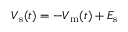
V _ { \mathrm { s } } ( t ) = - V _ { \mathrm { m } } ( t ) + E _ { \mathrm { s } }